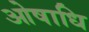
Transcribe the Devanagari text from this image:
ओषाधि